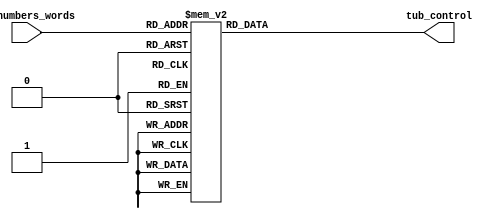
`timescale 1ns / 1ps
//////////////////////////////////////////////////////////////////////////////////
// Company: 
// Engineer: 
// 
// Design Name: 
// Module Name: Light_seg
// Project Name: 
// Target Devices: 
// Tool Versions: 
// Description: 
// 
// Dependencies: 
// 
// Revision:
// Revision 0.01 - File Created
// Additional Comments:
// 
//////////////////////////////////////////////////////////////////////////////////

//0-92636A10
module Light_seg (
    input [5:0] in_numbers_words,
    //output tub_sel,
    output reg [7:0] tub_control
);
  //assign tub_sel = 1'b1;
  always @(*) begin
    case (in_numbers_words)
      6'b000_000: tub_control = 8'b1111_1100;  //"0"
      6'b000_001: tub_control = 8'b0110_0000;  //"1"
      6'b000_010: tub_control = 8'b1101_1010;  //"2"
      6'b000_011: tub_control = 8'b1111_0010;  //"3"
      6'b000_100: tub_control = 8'b0110_0110;  //"4"
      6'b000_101: tub_control = 8'b1011_0110;  //"5" 
      6'b000_110: tub_control = 8'b1011_1110;  //"6" 
      6'b000_111: tub_control = 8'b1110_0000;  //"7" 
      6'b001_000: tub_control = 8'b1111_1110;  //"8" 
      6'b001_001: tub_control = 8'b1110_0110;  //"9"
      6'b001_010: tub_control = 8'b1110_1110;  //"A"
      6'b001_011: tub_control = 8'b0011_1110;  //"B"
      6'b001_100: tub_control = 8'b1001_1100;  //"C"
      6'b001_101: tub_control = 8'b0111_1010;  //"D"
      6'b001_110: tub_control = 8'b1001_1110;  //"E"
      6'b001_111: tub_control = 8'b1000_1110;  //"F"
      6'b010_000: tub_control = 8'b1011_1100;  //"G"
      6'b010_001: tub_control = 8'b0110_1110;  //"H"
      6'b010_010: tub_control = 8'b0000_1100;  //"I"
      6'b010_011: tub_control = 8'b0111_1000;  //"J"
      6'b010_100: tub_control = 8'b1010_1110;  //"K"
      6'b010_101: tub_control = 8'b0011_1100;  //"L"
      6'b010_110: tub_control = 8'b1110_1100;  //"M"
      6'b010_111: tub_control = 8'b0010_1010;  //"N"
      6'b011_000: tub_control = 8'b1111_1100;  //"O"
      6'b011_001: tub_control = 8'b1100_1110;  //"P"
      6'b011_010: tub_control = 8'b1110_0110;  //"Q"
      6'b011_011: tub_control = 8'b1110_1010;  //"R"
      6'b011_100: tub_control = 8'b1011_0111;  //"S"
      6'b011_101: tub_control = 8'b1000_1100;  //"T"
      6'b011_110: tub_control = 8'b0111_1100;  //"U"
      6'b011_111: tub_control = 8'b0100_0110;  //"V"
      6'b100_000: tub_control = 8'b0011_1000;  //"W"
      6'b100_001: tub_control = 8'b0110_1010;  //"X"
      6'b100_010: tub_control = 8'b0100_1110;  //"Y"
      6'b100_011: tub_control = 8'b1101_1011;  //"Z"
      default: tub_control = 8'b0000_0000;  // 
    endcase
  end
endmodule